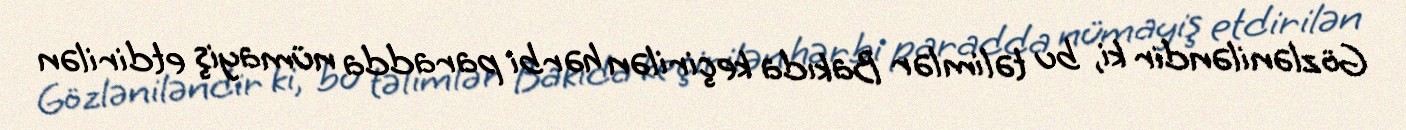
Gözləniləndir ki, bu təlimlər Bakıda keçirilən hərbi paradda nümayiş etdirilən